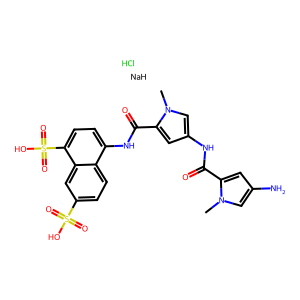
SMILES: Cl.Cn1cc(N)cc1C(=O)Nc1cc(C(=O)Nc2ccc(S(=O)(=O)O)c3cc(S(=O)(=O)O)ccc23)n(C)c1.[NaH]
Inhibits HIV replication: Yes